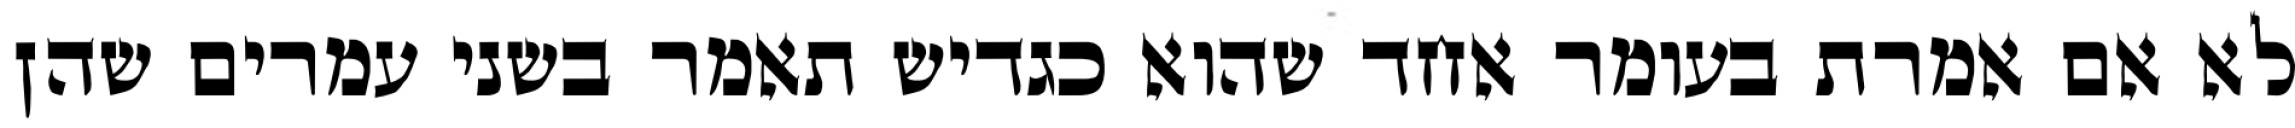
לא אם אמרת בעומר אחד שהוא כגדיש תאמר בשני עמרים שהן